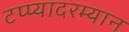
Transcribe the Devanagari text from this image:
टप्प्यादरम्यान